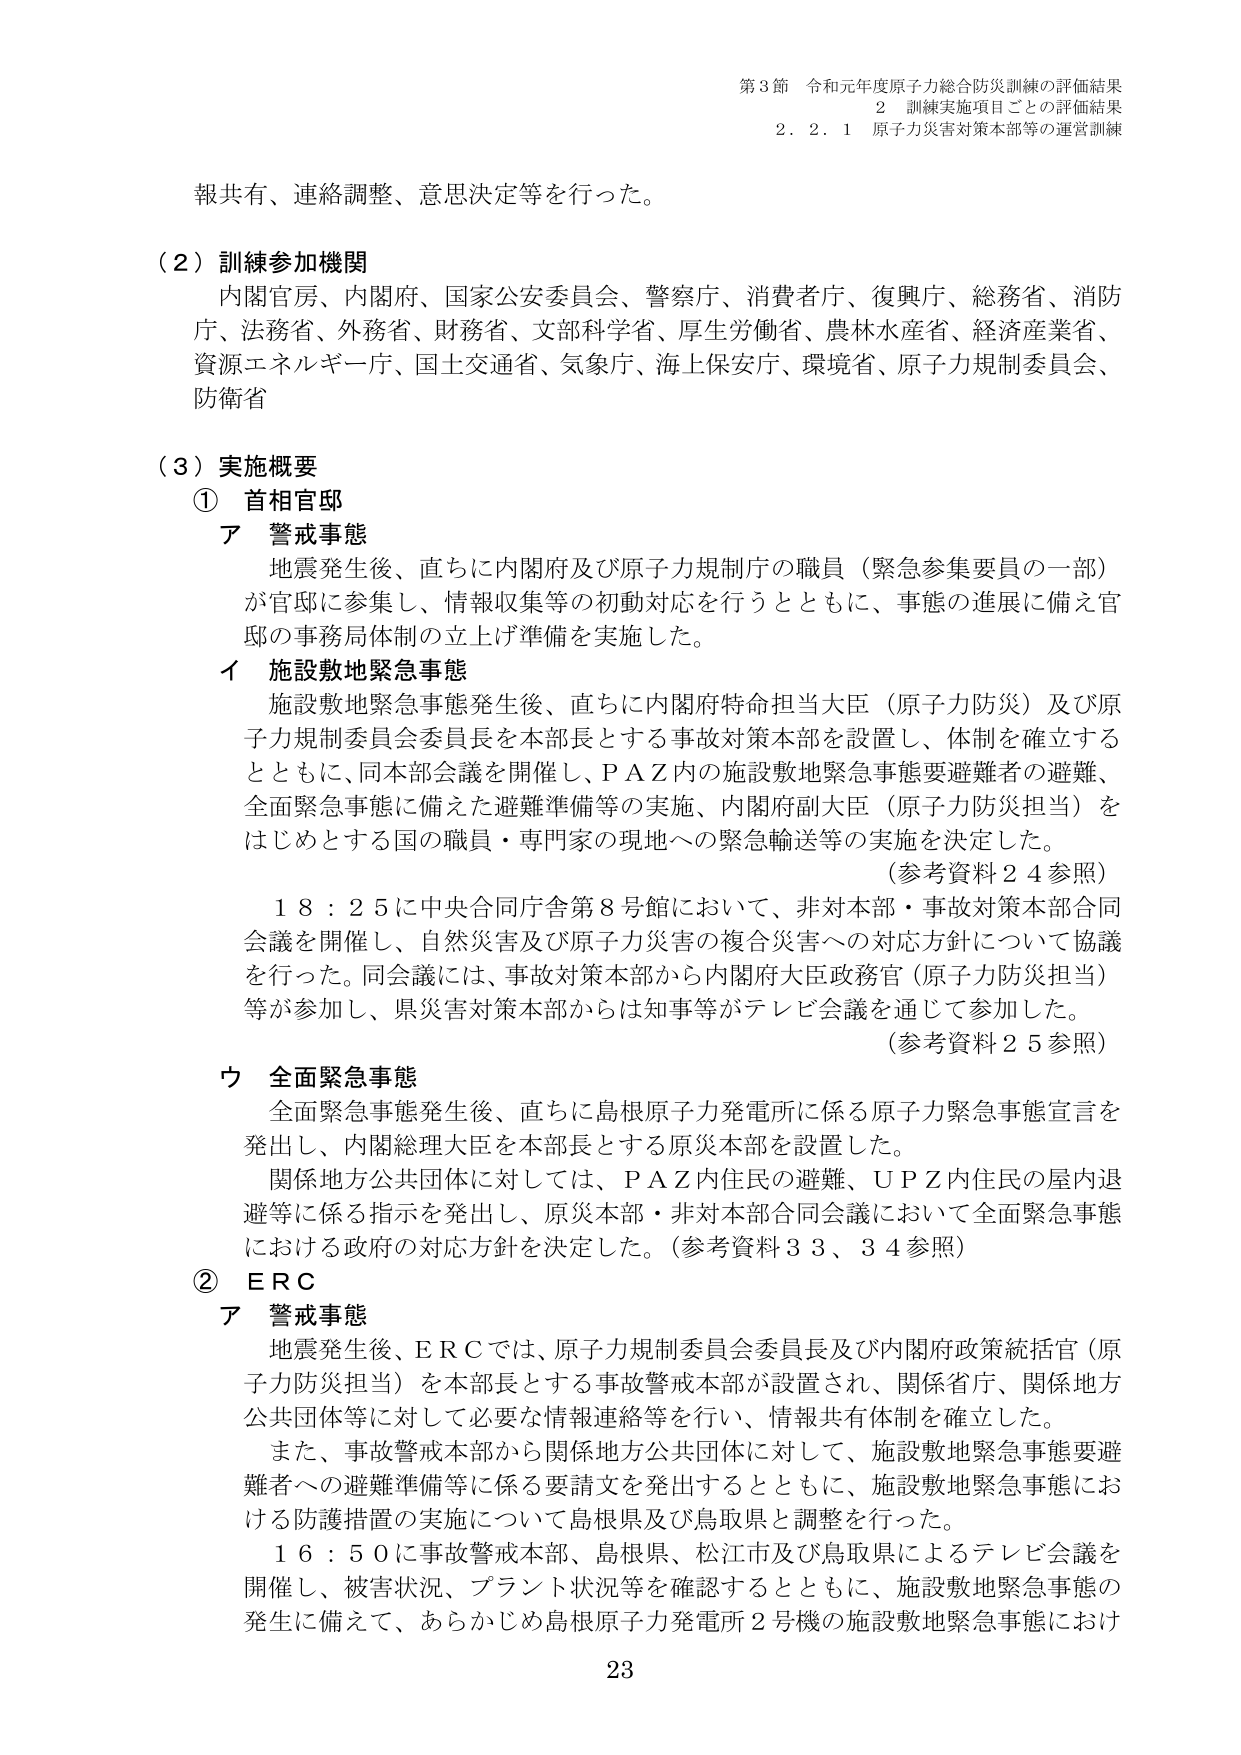
第3節 令和元年度原子力総合防災訓練の評価結果
2 訓練実施項目ごとの評価結果
2.2.1 原子力災害対策本部等の運営訓練

報共有、連絡調整、意思決定等を行った。

（2）訓練参加機関
内閣官房、内閣府、国家公安委員会、警察庁、消費者庁、復興庁、総務省、消防庁、法務省、外務省、財務省、文部科学省、厚生労働省、農林水産省、経済産業省、資源エネルギー庁、国土交通省、気象庁、海上保安庁、環境省、原子力規制委員会、防衛省

（3）実施概要
① 首相官邸
ア 警戒事態
地震発生後、直ちに内閣府及び原子力規制庁の職員（緊急参集要員の一部）が官邸に参集し、情報収集等の初動対応を行うとともに、事態の進展に備え官邸の事務局体制の立上げ準備を実施した。

イ 施設敷地緊急事態
施設敷地緊急事態発生後、直ちに内閣府特命担当大臣（原子力防災）及び原子力規制委員会委員長を本部長とする事故対策本部を設置し、体制を確立するとともに、同本部会議を開催し、ＰＡＺ内の施設敷地緊急事態要避難者の避難、全面緊急事態に備えた避難準備等の実施、内閣府副大臣（原子力防災担当）をはじめとする国の職員・専門家の現地への緊急輸送等の実施を決定した。
（参考資料24参照）
18：25に中央合同庁舎第8号館において、非対本部・事故対策本部合同会議を開催し、自然災害及び原子力災害の複合災害への対応方針について協議を行った。同会議には、事故対策本部から内閣府大臣政務官（原子力防災担当）等が参加し、県災害対策本部からは知事等がテレビ会議を通じて参加した。
（参考資料25参照）

ウ 全面緊急事態
全面緊急事態発生後、直ちに島根原子力発電所に係る原子力緊急事態宣言を発出し、内閣総理大臣を本部長とする原災本部を設置した。
関係地方公共団体に対しては、ＰＡＺ内住民の避難、ＵＰＺ内住民の屋内退避等に係る指示を発出し、原災本部・非対本部合同会議において全面緊急事態における政府の対応方針を決定した。（参考資料33、34参照）

② ERC
ア 警戒事態
地震発生後、ＥＲＣでは、原子力規制委員会委員長及び内閣府政策統括官（原子力防災担当）を本部長とする事故警戒本部が設置され、関係省庁、関係地方公共団体等に対して必要な情報連絡等を行い、情報共有体制を確立した。
また、事故警戒本部から関係地方公共団体に対して、施設敷地緊急事態要避難者への避難準備等に係る要請文を発出するとともに、施設敷地緊急事態における防護措置の実施について島根県及び鳥取県と調整を行った。
16：50に事故警戒本部、島根県、松江市及び鳥取県によるテレビ会議を開催し、被害状況、プラント状況等を確認するとともに、施設敷地緊急事態の発生に備えて、あらかじめ島根原子力発電所2号機の施設敷地緊急事態におけ

23